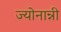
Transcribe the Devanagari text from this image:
ज्योनान्नी